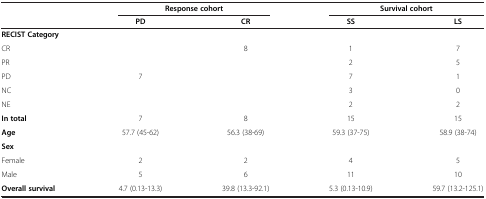
<table><thead><tr><td rowspan="2"><b> </b></td><td colspan="2"><b>Response cohort</b></td><td colspan="2"><b>Survival cohort</b></td></tr><tr><td><b>PD</b></td><td><b>CR</b></td><td><b>SS</b></td><td><b>LS</b></td></tr></thead><tbody><tr><td><b>RECIST Category</b></td><td> </td><td> </td><td> </td><td> </td></tr><tr><td>CR</td><td> </td><td>8</td><td>1</td><td>7</td></tr><tr><td>PR</td><td> </td><td> </td><td>2</td><td>5</td></tr><tr><td>PD</td><td>7</td><td> </td><td>7</td><td>1</td></tr><tr><td>NC</td><td> </td><td> </td><td>3</td><td>0</td></tr><tr><td>NE</td><td> </td><td> </td><td>2</td><td>2</td></tr><tr><td><b>In total</b></td><td>7</td><td>8</td><td>15</td><td>15</td></tr><tr><td><b>Age</b></td><td>57.7 (45-62)</td><td>56.3 (38-69)</td><td>59.3 (37-75)</td><td>58.9 (38-74)</td></tr><tr><td><b>Sex</b></td><td> </td><td> </td><td> </td><td> </td></tr><tr><td>Female</td><td>2</td><td>2</td><td>4</td><td>5</td></tr><tr><td>Male</td><td>5</td><td>6</td><td>11</td><td>10</td></tr><tr><td><b>Overall survival</b></td><td>4.7 (0.13-13.3)</td><td>39.8 (13.3-92.1)</td><td>5.3 (0.13-10.9)</td><td>59.7 (13.2-125.1)</td></tr></tbody></table>